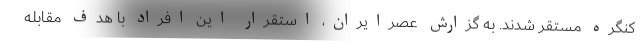
کنگره مستقر شدند. به گزارش عصرایران، استقرار این افراد با هدف مقابله